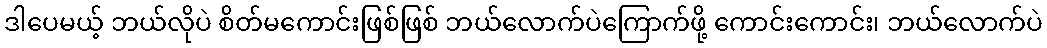
ဒါပေမယ့် ဘယ်လိုပဲ စိတ်မကောင်းဖြစ်ဖြစ် ဘယ်လောက်ပဲကြောက်ဖို့ ကောင်းကောင်း၊ ဘယ်လောက်ပဲ